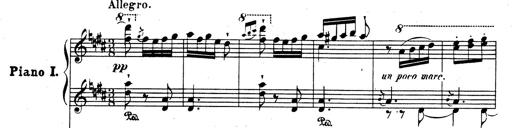
Title: Rhapsodie espagnole
Composer: Franz Liszt